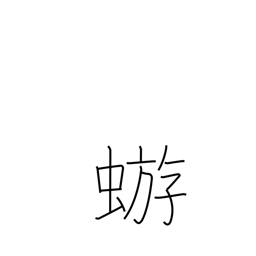
Meaning: mayfly